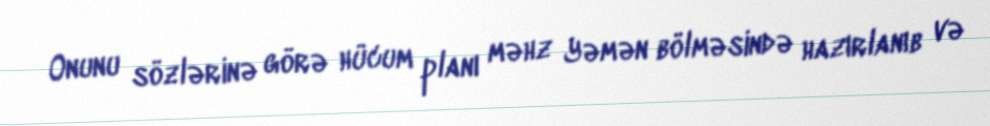
Onunu sözlərinə görə hücum planı məhz Yəmən bölməsində hazırlanıb və